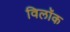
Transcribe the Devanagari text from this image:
विलॉक